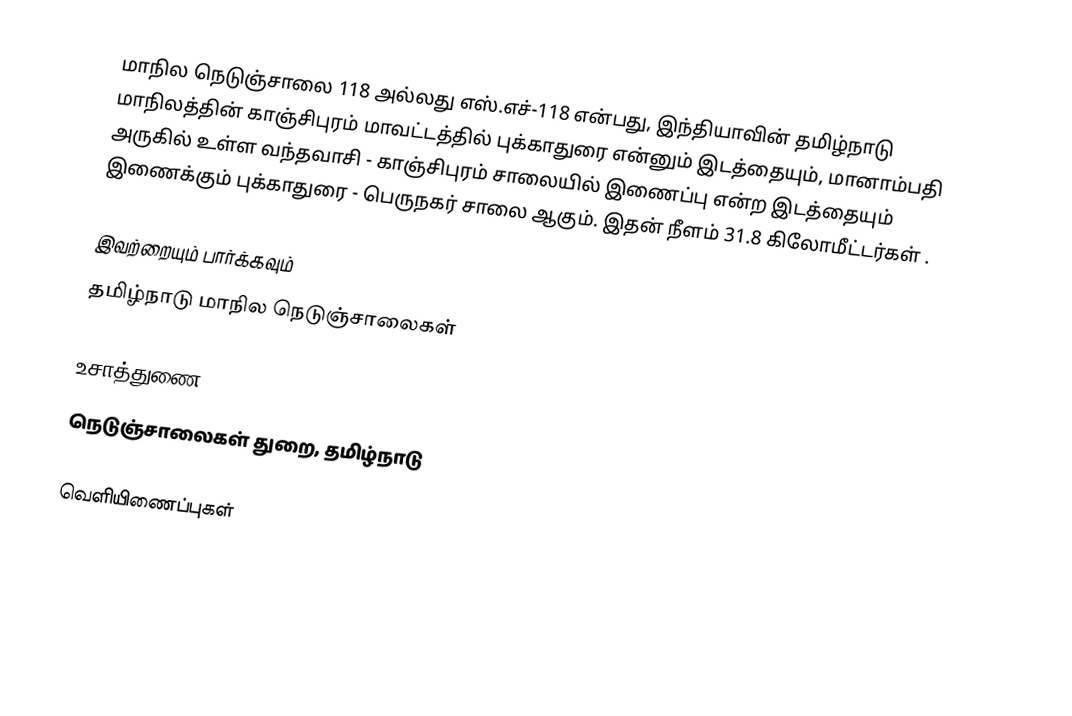
மாநில நெடுஞ்சாலை 118 அல்லது எஸ்.எச்-118 என்பது, இந்தியாவின் தமிழ்நாடு மாநிலத்தின் காஞ்சிபுரம் மாவட்டத்தில் புக்காதுரை என்னும் இடத்தையும், மானாம்பதி அருகில் உள்ள வந்தவாசி - காஞ்சிபுரம் சாலையில் இணைப்பு என்ற இடத்தையும் இணைக்கும் புக்காதுரை - பெருநகர் சாலை ஆகும். இதன் நீளம் 31.8  கிலோமீட்டர்கள் .

இவற்றையும் பார்க்கவும்
 தமிழ்நாடு மாநில நெடுஞ்சாலைகள்

உசாத்துணை
 நெடுஞ்சாலைகள் துறை, தமிழ்நாடு

வெளியிணைப்புகள்